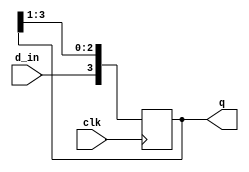
`timescale 1ns / 1ps
//////////////////////////////////////////////////////////////////////////////////
// Company: 
// Engineer: 
// 
// Design Name: 
// Module Name: shiftReg4
// Project Name: 
// Target Devices: 
// Tool Versions: 
// Description: 
// 
// Dependencies: 
// 
// Revision:
// Revision 0.01 - File Created
// Additional Comments:
// 
//////////////////////////////////////////////////////////////////////////////////


module shiftReg4(
    input d_in,
    input clk,
    output [3:0] q
    );
    reg [3:0] d;
    
    assign q = d;
    
    initial 
    begin
        d = 4'b0000;
    end
    
    always @ (posedge clk)
    begin
        d <= {d_in , d[3:1]};
    end
endmodule